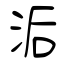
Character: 洉